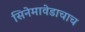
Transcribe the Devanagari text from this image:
सिनेमावेडाचाच